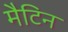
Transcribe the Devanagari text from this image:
मैटिन